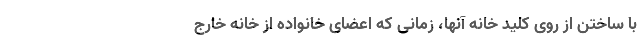
با ساختن از روی کلید خانه آنها، زمانی که اعضای خانواده از خانه خارج